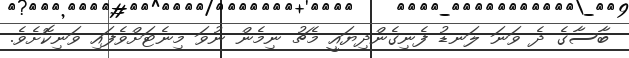
ބާސާގެ ދެ ވަނަ ލަނޑު ފެނިގެންދިޔައީ މެޗު ނިމެން ނުވަ މިނެޓަށްވެފައި ވަނިކޮށެވެ.